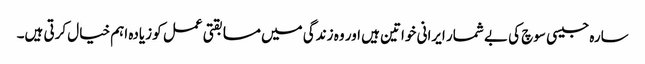
سارہ جیسی سوچ کی بے شمار ایرانی خواتین ہیں اور وہ زندگی میں مسابقتی عمل کو زیادہ اہم خیال کرتی ہیں۔